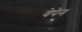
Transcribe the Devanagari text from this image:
वेपेन